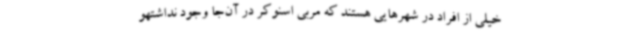
خیلی از افراد در شهرهایی هستند که مربی اسنوکر در آن‌جا وجود نداشتهو